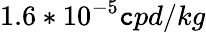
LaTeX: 1.6*10^{-5}\mathtt{c}pd/kg